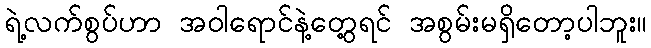
ရဲ့လက်စွပ်ဟာ အဝါရောင်နဲ့တွေ့ရင် အစွမ်းမရှိတော့ပါဘူး။